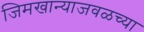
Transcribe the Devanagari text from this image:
जिमखान्याजवळच्या